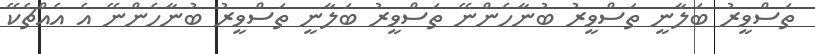
ތަސްވީރު ބަލާނީ ތަސްވީރު ބުނާހެންނޭ ތަސްވީރު ބަލާނީ ތަސްވީރު ބުނާހެންނޭ އެ އެއްޗެކޭ